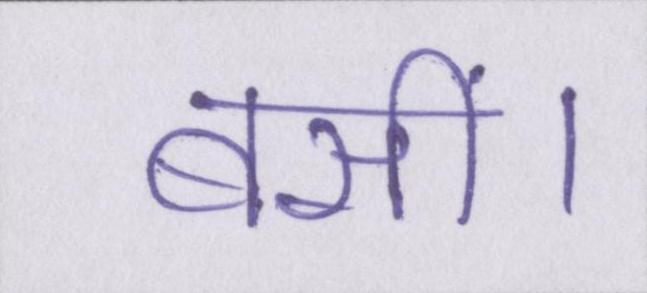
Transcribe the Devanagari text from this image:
बसीं।